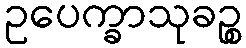
ဥပေက္ခာသုခဉ္စ